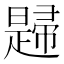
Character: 𢅨